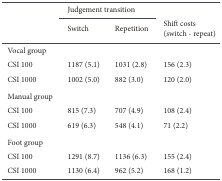
<table><thead><tr><td></td><td colspan="2"><b>Judgement transition</b></td><td></td></tr></thead><tbody><tr><td></td><td>Switch</td><td>Repetition</td><td>Shift costs (switch - repeat)</td></tr><tr><td>Vocal group</td><td></td><td></td><td></td></tr><tr><td>CSI 100</td><td>1187 (5,1)</td><td>1031 (2,8)</td><td>156 (2,3)</td></tr><tr><td>CSI 1000</td><td>1002 (5,0)</td><td>882 (3,0)</td><td>120 (2,0)</td></tr><tr><td>Manual group</td><td></td><td></td><td></td></tr><tr><td>CSI 100</td><td>815 (7,3)</td><td>707 (4,9)</td><td>108 (2,4)</td></tr><tr><td>CSI 1000</td><td>619 (6,3)</td><td>548 (4,1)</td><td>71 (2,2)</td></tr><tr><td>Foot group</td><td></td><td></td><td></td></tr><tr><td>CSI 100</td><td>1291 (8,7)</td><td>1136 (6,3)</td><td>155 (2,4)</td></tr><tr><td>CSI 1000</td><td>1130 (6,4)</td><td>962 (5,2)</td><td>168 (1,2)</td></tr></tbody></table>